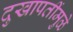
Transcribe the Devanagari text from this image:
दुखापतींमुळे